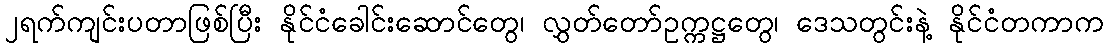
၂ရက်ကျင်းပတာဖြစ်ပြီး နိုင်ငံခေါင်းဆောင်တွေ၊ လွှတ်တော်ဥက္ကဋ္ဌတွေ၊ ဒေသတွင်းနဲ့ နိုင်ငံတကာက